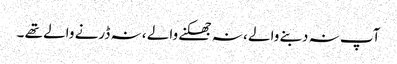
آپ نہ دبنے والے ، نہ جھکنے والے ، نہ ڈرنے والے تھے ۔